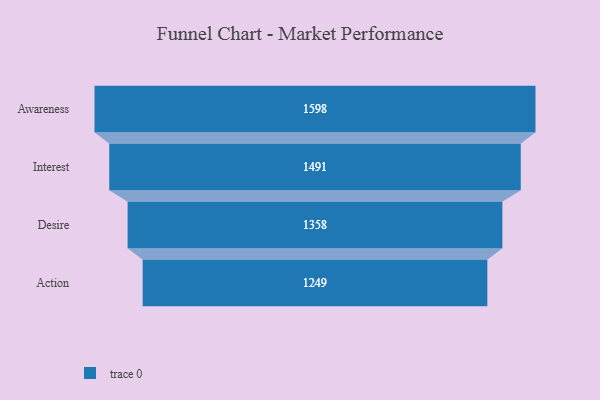
{"axis": {"x": "Stage", "y": "Value"}, "legend": [""], "data": [{"x": "Awareness", "y": 1598.0, "type": ""}, {"x": "Interest", "y": 1491.0, "type": ""}, {"x": "Desire", "y": 1358.0, "type": ""}, {"x": "Action", "y": 1249.0, "type": ""}]}